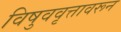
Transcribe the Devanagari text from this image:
विषुववृत्तावरून